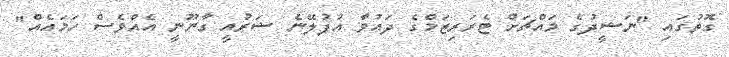
ގޮތުގައި "ނަޝީދުގެ މައްޗަށް ޓެރަރިޒަމްގެ ދައުވާ އުފުލޭނެ ޝަރުއީ ގާނޫނީ އެއްވެސް ހަމައެއް"